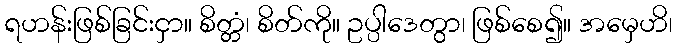
ရဟန်းဖြစ်ခြင်းငှာ။ စိတ္တံ၊ စိတ်ကို။ ဥပ္ပါဒေတွာ၊ ဖြစ်စေ၍။ အမှေဟိ၊